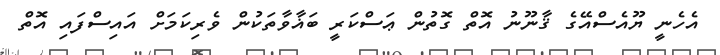
އެހެނީ ޔޫއެސްއޭގެ ޤާނޫނު އޮތް ގޮތުން ޢަސްކަރީ ބަޣާވާތަކުން ވެރިކަމަށް އައިސްފައި އޮތް